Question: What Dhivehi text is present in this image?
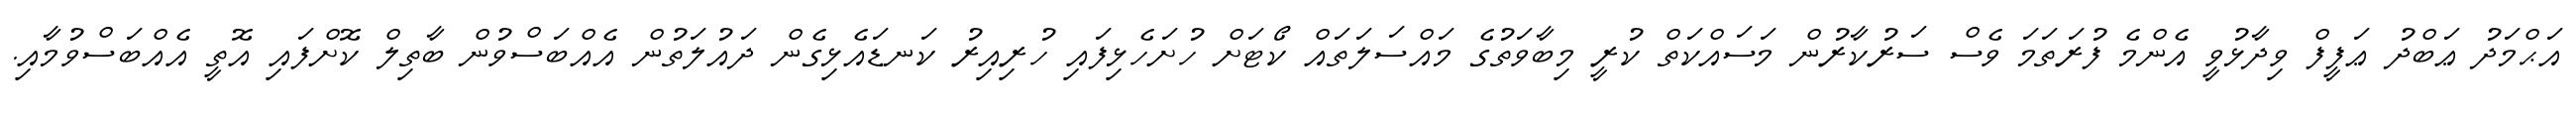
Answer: އަޙްމަދު ޢަބްދު ޢަފީފް ވިދާޅުވީ އެންމެ ފުރަތަމަ ވެސް ސަރުކާރުން މަސައްކަތް ކުރީ މިބާވަތުގެ މައްސަލަތައް ކޯޓަށް ހުށަހެޅިފައި ހުރިއިރު ކަނޑައެޅިގެން ދައުލަތުން އެއްބަސްވުން ބާތިލް ކޮށްފައި އޮތީ އެއްބަސްވުމާއި.